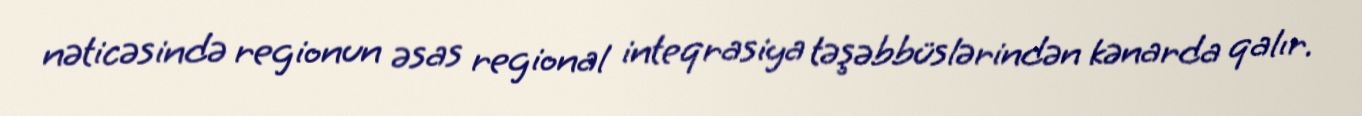
nəticəsində regionun əsas regional inteqrasiya təşəbbüslərindən kənarda qalır.